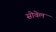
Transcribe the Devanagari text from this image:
सोवेल